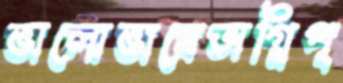
ভালোভাবেঅগ্নিপ্